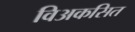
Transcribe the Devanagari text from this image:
विअकसित